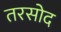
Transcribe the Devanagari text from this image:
तरसोद